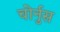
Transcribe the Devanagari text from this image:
चोर्नुस